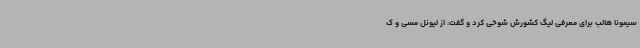
سیمونا هالب برای معرفی لیگ کشورش شوخی کرد و گفت: از لیونل مسی و ک